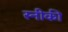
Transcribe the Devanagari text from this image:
स्नीकी